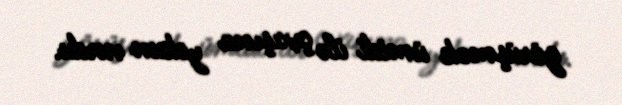
görüşmək ümidi ilə çıxışına yekun vurdu.